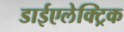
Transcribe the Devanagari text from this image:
डाईएलेक्ट्रिक